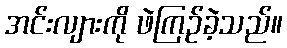
အင်းလျားကို ဖဲကြဉ်ခဲ့သည်။